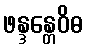
ဖန္ဒန္တေဝိဓ